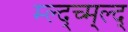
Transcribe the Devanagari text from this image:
म्ल्द्च्म्ल्द्